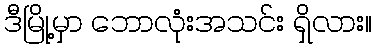
ဒီမြို့မှာ ဘောလုံးအသင်း ရှိလား။